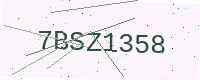
Text: 7BSZ1358